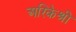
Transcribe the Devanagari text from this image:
अरिकेश्री